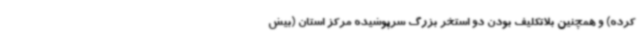
کرده) و همچنین بلاتکلیف بودن دو استخر بزرگ سرپوشیده مرکز استان (بیش